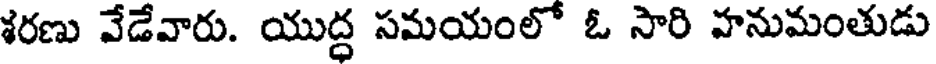
శరణు వేడేవారు. యుద్ద సమయంలో ఓ సారి హనుమంతుడు